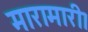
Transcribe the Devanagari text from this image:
मारामारी।